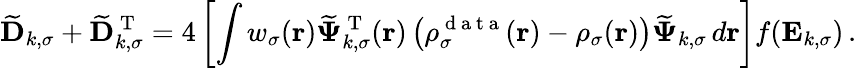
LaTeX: \mathbf{\widetilde{D}}_{k,\sigma}+\mathbf{\widetilde{D}}_{k,\sigma}^{\mathrm{~T~}}=4\left[\int w_{\sigma}(\boldsymbol{\textbf{r}})\boldsymbol{\widetilde{\Psi}}_{k,\sigma}^{\mathrm{~T~}}(\boldsymbol{\textbf{r}})\left(\rho_{\sigma}^{\mathrm{~d~a~t~a~}}(\boldsymbol{\textbf{r}})-\rho_{\sigma}(\boldsymbol{\textbf{r}})\right)\boldsymbol{\widetilde{\Psi}}_{k,\sigma}\, d\boldsymbol{\textbf{r}}\right]f(\mathbf{E}_{k,\sigma})\, .